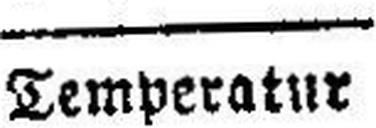
Temperatur